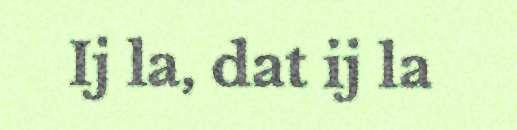
Ij la, dat ij la